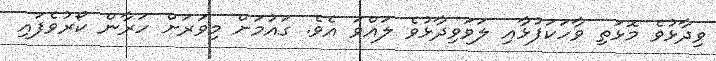
ވިދާޅުވެ މޮޅަތި ވާހަކަފުޅާއި ލަވަވިދާޅުވެ ލައްވަ އެވެ. ގައުމަށް މިވަރަށް ހަރާން ކޯރުވެފައި